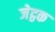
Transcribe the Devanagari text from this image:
जेट्ठक